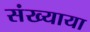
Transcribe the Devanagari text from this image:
संख्याया